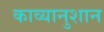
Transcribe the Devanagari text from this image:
काव्यानुशान